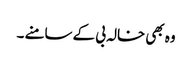
وہ بھی خالہ بی کے سامنے ۔